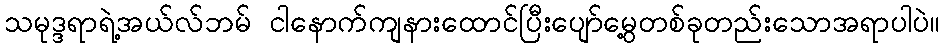
သမုဒ္ဒရာရဲ့အယ်လ်ဘမ် ငါနောက်ကျနားထောင်ပြီးပျော်မွေ့တစ်ခုတည်းသောအရာပါပဲ။